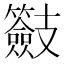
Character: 𭣠